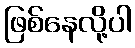
ဖြစ်နေလို့ပါ